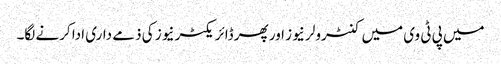
میں پی ٹی وی میں کنٹرولر نیوز اور پھر ڈائریکٹر نیوز کی ذمے داری ادا کرنے لگا۔